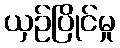
ယှဉ်ပြိုင်မှု